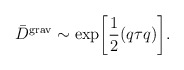
\begin{align*}{\bar D}^{\rm grav}\sim \exp\biggl[\frac{1}{2}(q\tau q)\biggr].\end{align*}